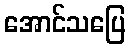
အောင်သပြေ